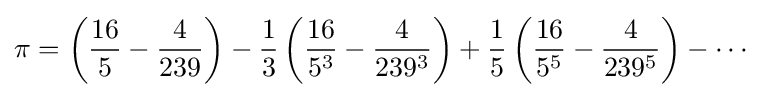
\pi =\left({\frac {16}{5}}-{\frac {4}{239}}\right)-{\frac {1}{3}}\left({\frac {16}{5^{3}}}-{\frac {4}{239^{3}}}\right)+{\frac {1}{5}}\left({\frac {16}{5^{5}}}-{\frac {4}{239^{5}}}\right)-\cdots